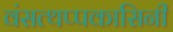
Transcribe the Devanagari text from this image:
वंसत्थप्पकासिनी